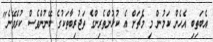
އެބަތިބި އެހެން ކަމުން މި މެޗަށް އެ ކުޅުންތެރިންގެ ތަޖުރިބާތަކުގެ ބޭނުންވެސް ކުރެވޭނެ"